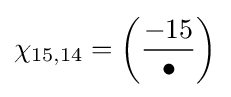
\chi _{15,14}=\left({\frac {-15}{\bullet }}\right)